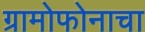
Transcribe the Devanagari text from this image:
ग्रामोफोनाचा